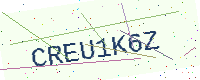
Text: CREU1K6Z